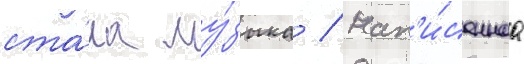
ста́ла му́зыка / нап'и́саннаа